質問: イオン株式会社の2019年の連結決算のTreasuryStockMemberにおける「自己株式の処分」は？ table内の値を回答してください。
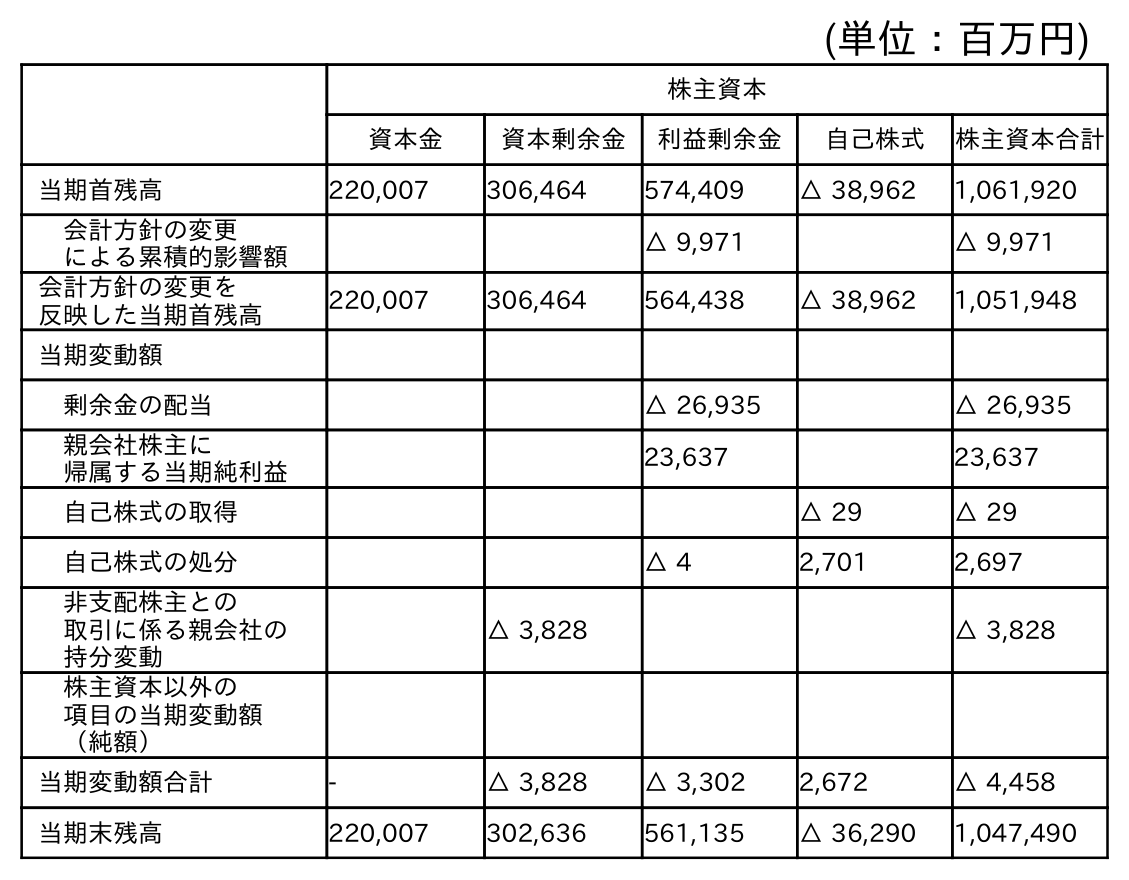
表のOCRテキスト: (単位：百万円) 株主資本 資本金 資本剰余金 利益剰余金 自己株式 株主資本合計 当期首残高 220,007 306,464 574,409 △ 38,962 1,061,920 会計方針の変更 による累積的影響額 △ 9,971 △ 9,971 会計方針の変更を 反映した当期首残高 220,007 306,464 564,438 △ 38,962 1,051,948 当期変動額 剰余金の配当 △ 26,935 △ 26,935 親会社株主に 帰属する当期純利益 23,637 23,637 自己株式の取得 △ 29 △ 29 自己株式の処分 △ 4 2,701 2,697 非支配株主との 取引に係る親会社の 持分変動 △ 3,828 △ 3,828 株主資本以外の 項目の当期変動額 （純額） 当期変動額合計 - △ 3,828 △ 3,302 2,672 △ 4,458 当期末残高 220,007 302,636 561,135 △ 36,290 1,047,490
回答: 2,701